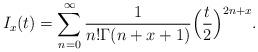
LaTeX: \begin{align*} I_x(t)=\sum^{\infty}_{n=0}\frac{1}{n!\Gamma(n+x+1)}\Bigl(\frac{t}{2}\Bigr)^{2n+x}.\end{align*}